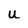
Character: u